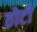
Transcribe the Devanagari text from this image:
ठोटी